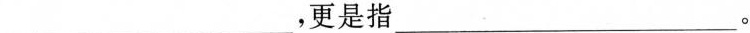
___，更是指___。